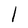
Character: l